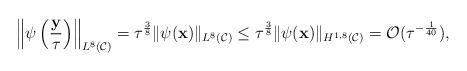
\begin{align*} \left\|\psi\left(\frac{\mathbf y}{\tau}\right)\right\|_{L^8(\mathcal C)} =\tau^{\frac{3}{8}}\|\psi(\mathbf x)\|_{L^8(\mathcal C)}\leq\tau^{\frac{3}{8}}\|\psi(\mathbf x)\|_{H^{1,8}(\mathcal C)} =\mathcal O(\tau^{-\frac{1}{40}}), \end{align*}